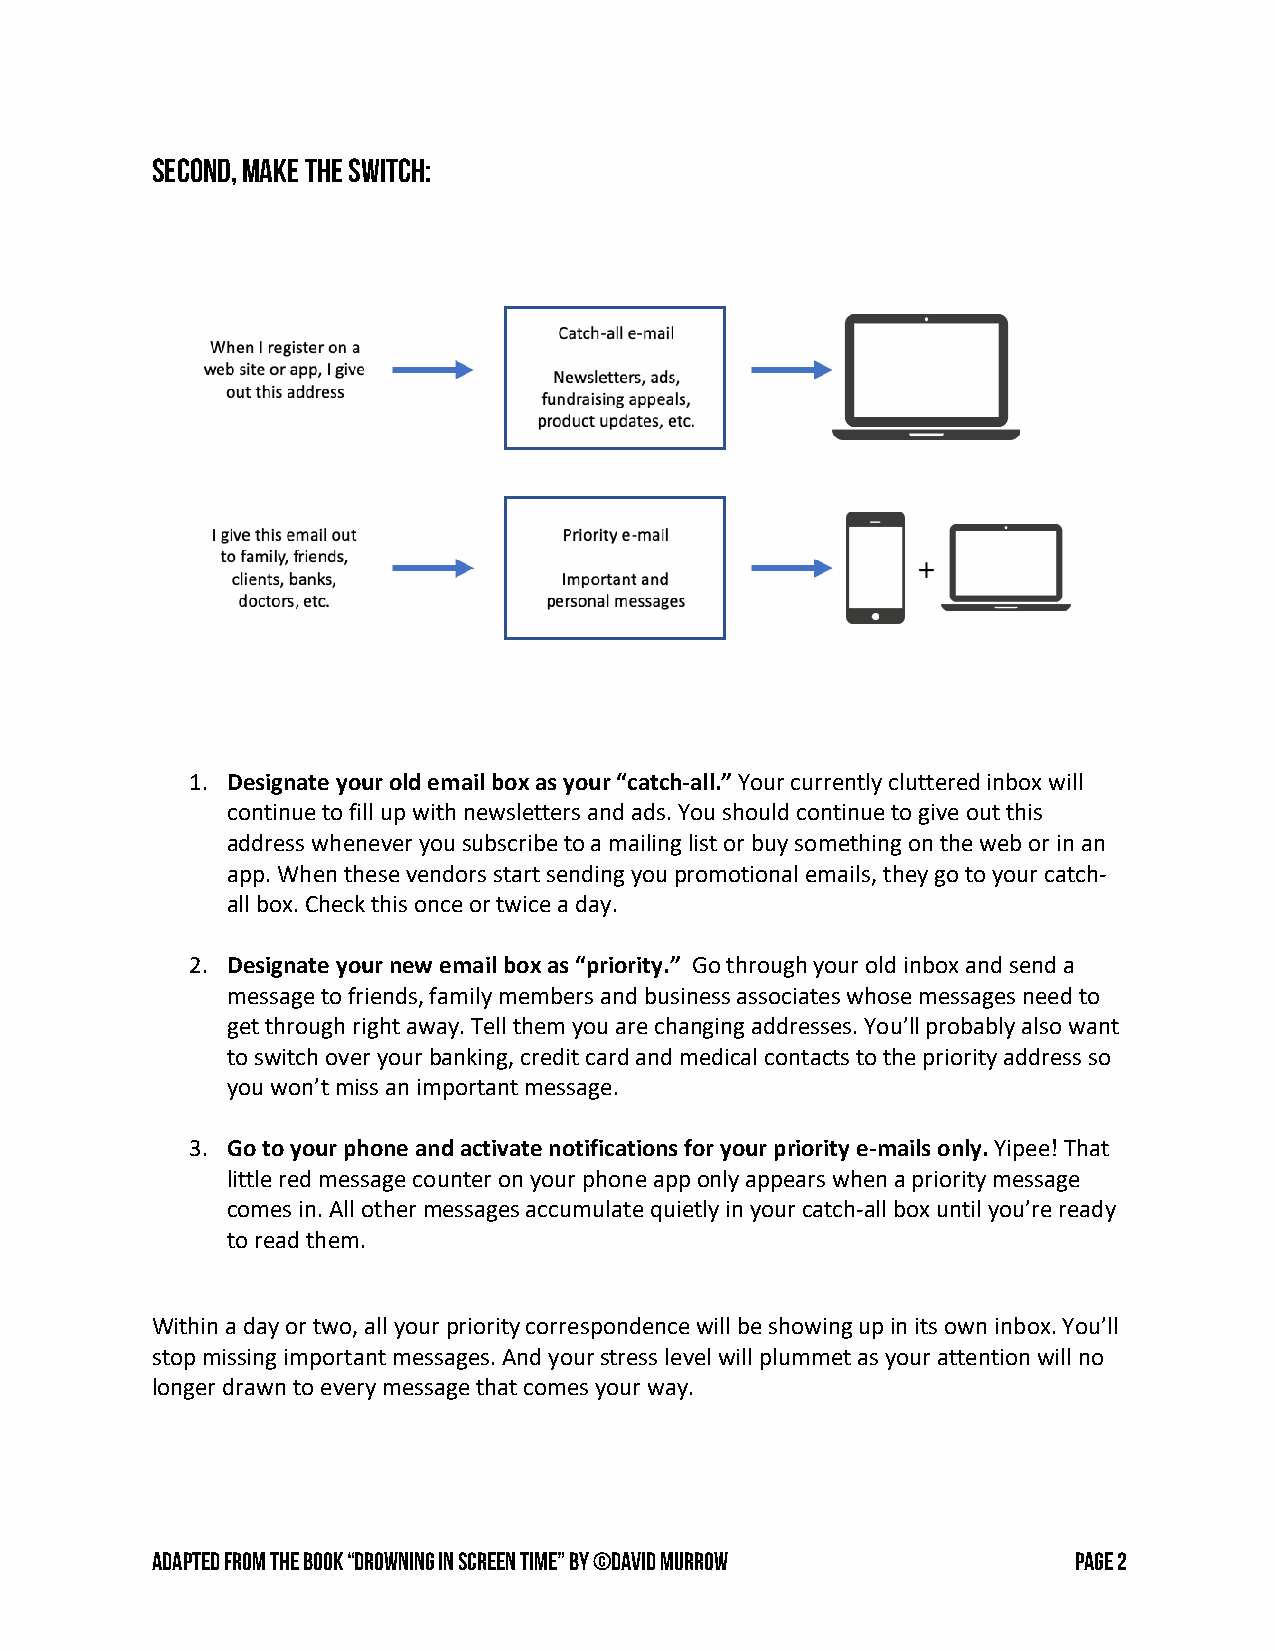
Second, Make the switch:
 1. Designate your old email box as your “catch-all.” Your currently cluttered inbox will
 continue to fill up with newsletters and ads. You should continue to give out this
 address whenever you subscribe to a mailing list or buy something on the web or in an
 app. When these vendors start sending you promotional emails, they go to your catch-
 all box. Check this once or twice a day.
 2. Designate your new email box as “priority.” Go through your old inbox and send a
 message to friends, family members and business associates whose messages need to
 get through right away. Tell them you are changing addresses. You’ll probably also want
 to switch over your banking, credit card and medical contacts to the priority address so
 you won’t miss an important message.
 3. Go to your phone and activate notifications for your priority e-mails only. Yipee! That
 little red message counter on your phone app only appears when a priority message
 comes in. All other messages accumulate quietly in your catch-all box until you’re ready
 to read them.
 Within a day or two, all your priority correspondence will be showing up in its own inbox. You’ll
 stop missing important messages. And your stress level will plummet as your attention will no
 longer drawn to every message that comes your way.
 Adapted from the book “Drowning in Screen Time” by ©David Murrow Page 2